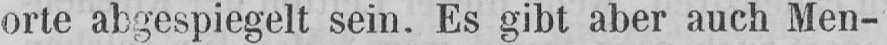
orte abgespiegelt sein. Es gibt aber auch Men-